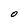
Character: O